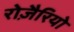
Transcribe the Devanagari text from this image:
रोज़ैरियो